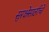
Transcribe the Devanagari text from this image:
सुरक्षेसाठीचे